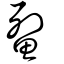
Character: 鮤